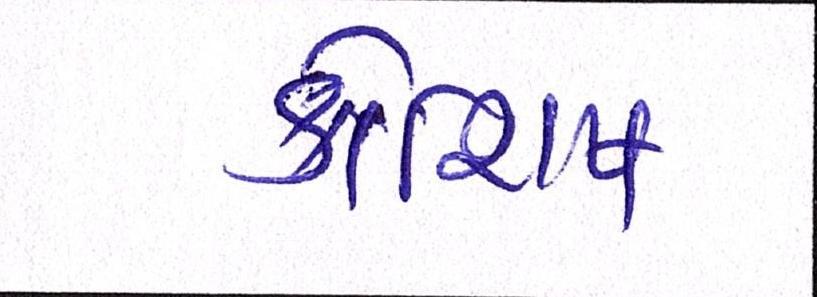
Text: કોશિષ